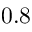
0 . 8